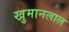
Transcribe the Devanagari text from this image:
खुमानलाल